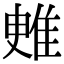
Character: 𨾳